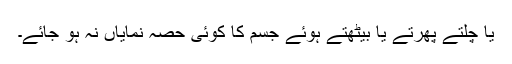
یا چلتے پھرتے یا بیٹھتے ہوئے جسم کا کوئی حصہ نمایاں نہ ہو جائے۔